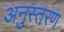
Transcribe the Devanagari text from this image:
अनुस्तरण